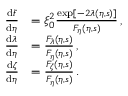
\begin{array} { r l } { \frac { \mathrm { d } \tilde { t } } { \mathrm { d } \eta } } & { = \xi _ { 0 } ^ { 2 } \frac { \exp [ - 2 \lambda ( \eta , s ) ] } { F _ { \eta } ( \eta , s ) } \, , } \\ { \frac { \mathrm { d } \lambda } { \mathrm { d } \eta } } & { = \frac { F _ { \lambda } ( \eta , s ) } { F _ { \eta } ( \eta , s ) } \, , } \\ { \frac { \mathrm { d } \zeta } { \mathrm { d } \eta } } & { = \frac { F _ { \zeta } ( \eta , s ) } { F _ { \eta } ( \eta , s ) } \, . } \end{array}